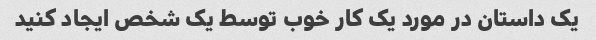
یک داستان در مورد یک کار خوب توسط یک شخص ایجاد کنید